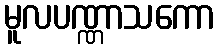
မူလပဏ္ဏာသကော